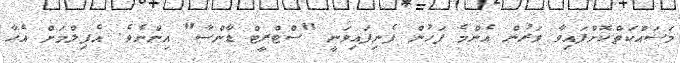
މަސައްކަތްކޮށްފައިވާ ވަރުން އެންމެ ފަހުން ފެނިފައިވަނީ "ސްޓްރީޓް ޑާންސާ" އިންނެވެ. އެފިލްމަށް އެހާ